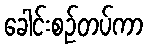
ခေါင်းစဉ်တပ်ကာ